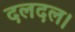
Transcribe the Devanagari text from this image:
दलदल।